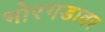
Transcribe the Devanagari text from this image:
भोरगडावर